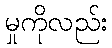
မှုကိုလည်း